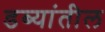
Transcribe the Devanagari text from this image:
डब्यांतील